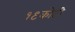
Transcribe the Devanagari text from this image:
१९कोटी